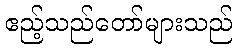
ဧည့်သည်တော်များသည်